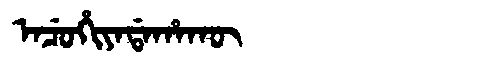
Manchu: ᠠᠴᡠᡥᡳᠶᠠᡩᠠᡥᠠᡴᡡ
Romanization: ACUHIYADAHAKŪ